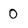
Character: 0